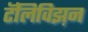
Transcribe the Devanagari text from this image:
टॅलिविझ़न